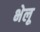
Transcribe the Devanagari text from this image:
भेलू